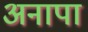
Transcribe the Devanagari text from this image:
अनापा